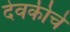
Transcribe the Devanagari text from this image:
देवकीचे